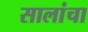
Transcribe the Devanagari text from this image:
सालांचा